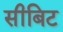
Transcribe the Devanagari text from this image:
सीबिट